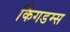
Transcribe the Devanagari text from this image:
किंगडम्स